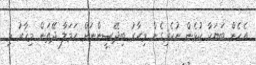
އެހެން ބަޔަކާ ކުޅެން ނުކެރިގެން މިހާރު ބިދޭސީންނަށް ހަމަލާ ދޭތަން މިހާރު މި